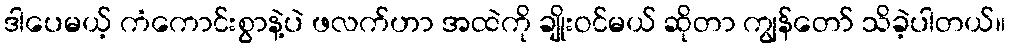
ဒါပေမယ့် ကံကောင်းစွာနဲ့ပဲ ဖလက်ဟာ အထဲကို ချိုးဝင်မယ် ဆိုတာ ကျွန်တော် သိခဲ့ပါတယ်။